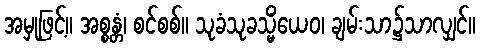
အမှုဖြင့်။ အစ္စန္တံ၊ စင်စစ်။ သုခံသုခသ္မိံယေဝ၊ ချမ်းသာ၌သာလျှင်။